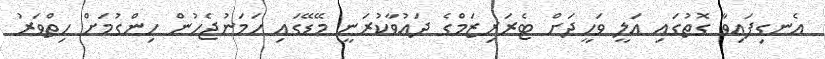
އެނގިފައިވާ ގޮތުގައި އަލީ ވަހީދަށް ޓެރަރިޒަމްގެ ދައުވާކުރަނީ މޭޑޭގައި ހަމަނުޖެހުން ހިންގުމަށް ހިތްވަރު